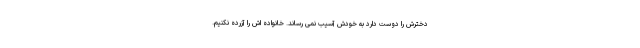
دخترش را دوست دارد به خودش آسیب نمی رساند. خانواده اش را آزرده نکنیم.